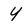
Character: Y